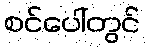
စင်ပေါ်တွင်